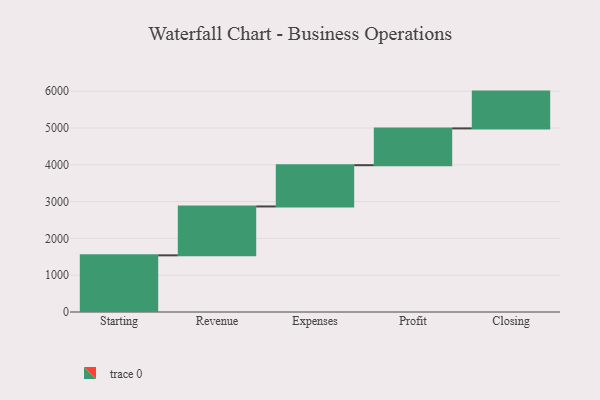
{"axis": {"x": "Step", "y": "Value"}, "legend": [""], "data": [{"x": "Starting", "y": 1540.0, "type": ""}, {"x": "Revenue", "y": 1328.0, "type": ""}, {"x": "Expenses", "y": 1121.0, "type": ""}, {"x": "Profit", "y": 1000, "type": ""}, {"x": "Closing", "y": 1000, "type": ""}]}